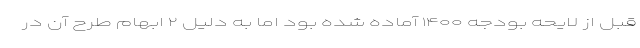
قبل از لایحه بودجه ۱۴۰۰ آماده شده بود اما به دلیل ۲ ابهام طرح آن در